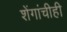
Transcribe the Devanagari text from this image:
शेंगांचीही